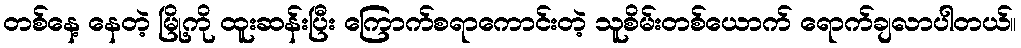
တစ်နေ့ နေတဲ့ မြို့ကို ထူးဆန်းပြီး ကြောက်စရာကောင်းတဲ့ သူစိမ်းတစ်ယောက် ရောက်ချလာပါတယ်။